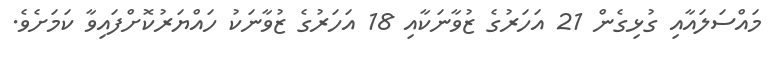
މައްސަލައާއި ގުޅިގެން 21 އަހަރުގެ ޒުވާނަކާއި 18 އަހަރުގެ ޒުވާނަކު ހައްޔަރުކޮށްފައިވާ ކަމަށެވެ.